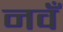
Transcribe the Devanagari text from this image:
नवँ